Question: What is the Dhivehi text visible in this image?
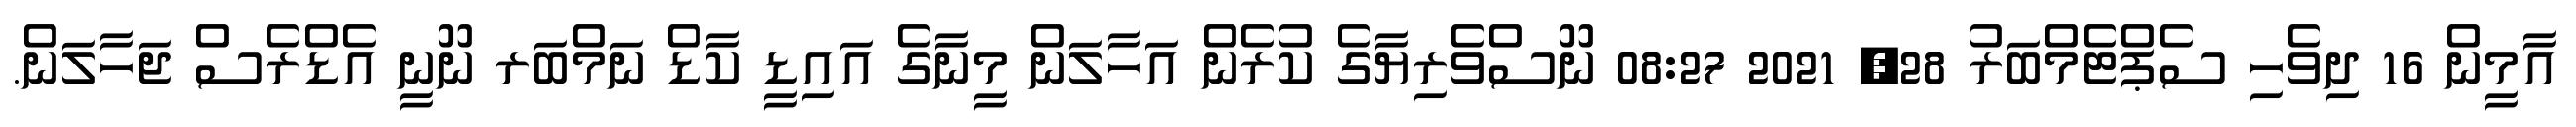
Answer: އާމީން 16 ދިވެހި ސެޕްޓެމްބަރު 28, 2021 08:27 ނޫސްވެރިޔާގެ ކުރެން އަހާލަން މީނާގެ އައިޑީ ކާޑް ނަމްބަރ ނޫނީ އެޑްރެސް ޖަހާލަން.